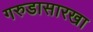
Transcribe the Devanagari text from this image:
गरुडासारखा